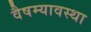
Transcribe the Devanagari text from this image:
वैषम्यावस्था